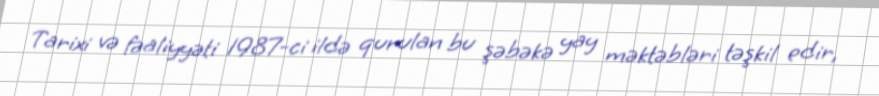
Tarixi və fəaliyyəti 1987-ci ildə qurulan bu şəbəkə yay məktəbləri təşkil edir,